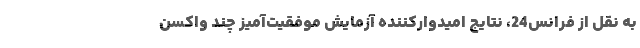
به نقل از فرانس24، نتایج امیدوارکننده آزمایش موفقیت‌آمیز چند واکسن